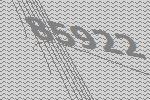
85922